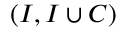
( I , I \cup C )